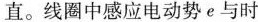
直。线圈中感应电动势e与时